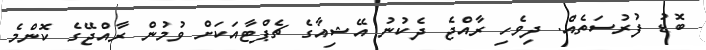
ބޮޑު ފުރުސަތެއް. ދިވެހި ރާއްޖެ ދެކުނު އޭޝިއާގެ ޗެޕްޓާއަކަށް ވުމުން ރާއްޖޭގެ ކޮންމެ